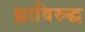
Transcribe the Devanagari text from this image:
ह्याविरुद्ध